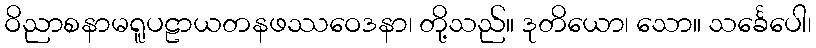
ဝိညာစနာမရူပဠာယတနဖဿဝေဒနာ၊ တို့သည်။ ဒုတိယော၊ သော။ သင်္ခေပေါ၊